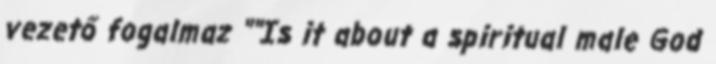
vezető fogalmaz ""Is it about a spiritual male God